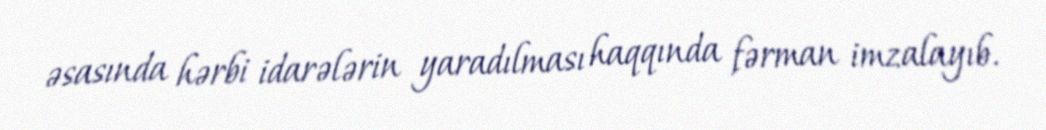
əsasında hərbi idarələrin yaradılması haqqında fərman imzalayıb.